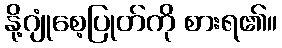
နို့ဂျုံစေ့ပြုတ်ကို စားရ၏။